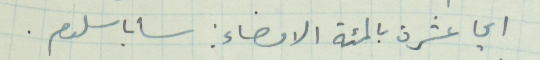
اي عشرة بالمئة الامضاء: سابا سلوم.